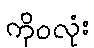
ကိုဝလုံး